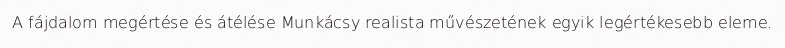
A fájdalom megértése és átélése Munkácsy realista művészetének egyik legértékesebb eleme.